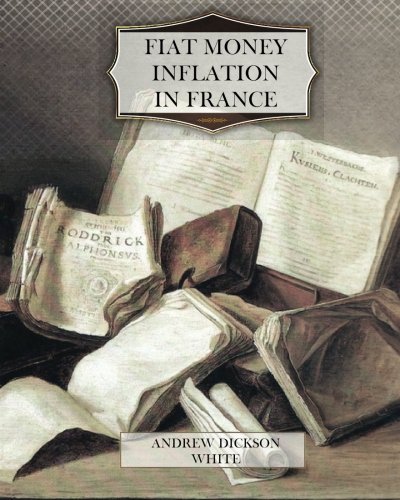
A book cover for Fiat Money Inflation in France; Andrew Dickson White; Business & Money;